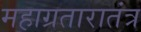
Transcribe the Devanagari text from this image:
महाग्रतारातंत्र